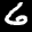
Label: 6